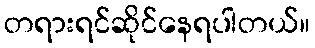
တရားရင်ဆိုင်နေရပါတယ်။